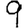
Digit: 9